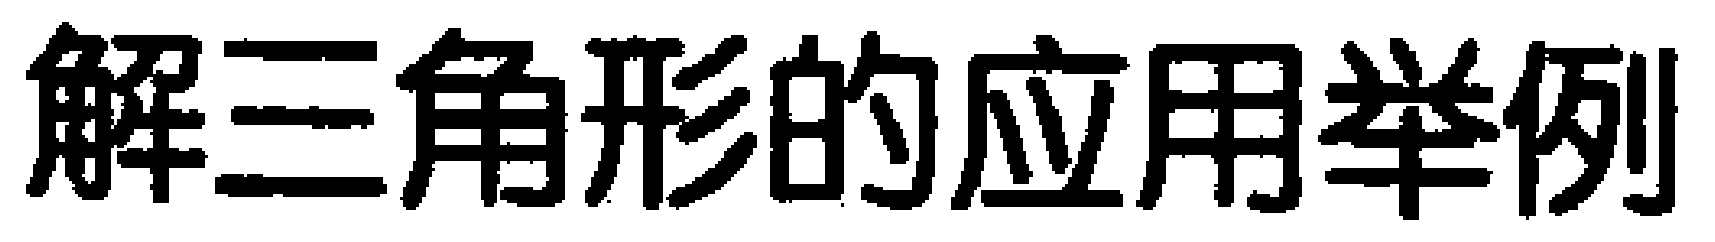
解三角形的应用举例